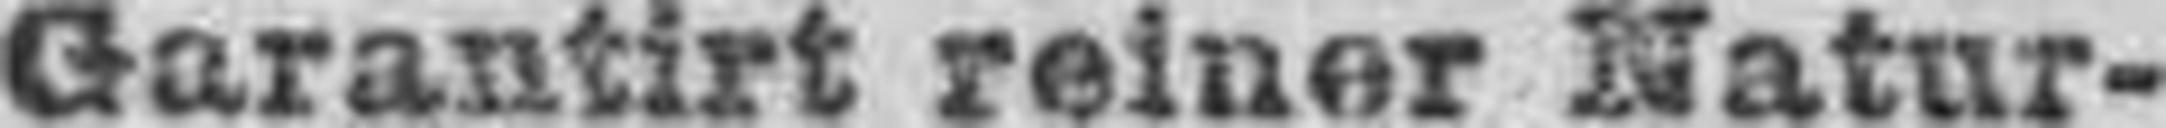
Garantirt reiner Natur¬